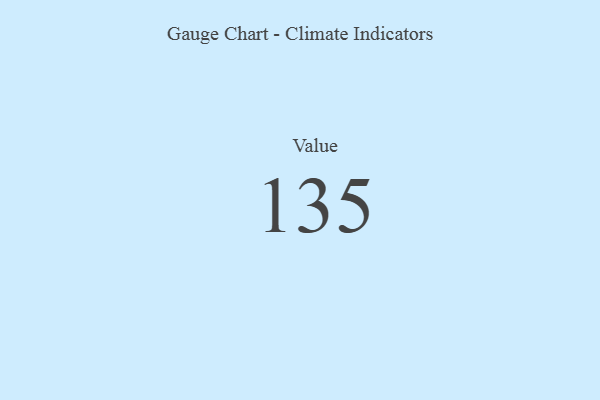
{"axis": {"x": "Metric", "y": "Value"}, "legend": [""], "data": [{"x": "Value", "y": 135, "type": ""}]}